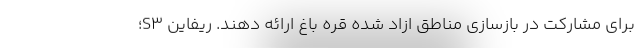
برای مشارکت در بازسازی مناطق ازاد شده قره باغ ارائه دهند. ریفاین S3؛